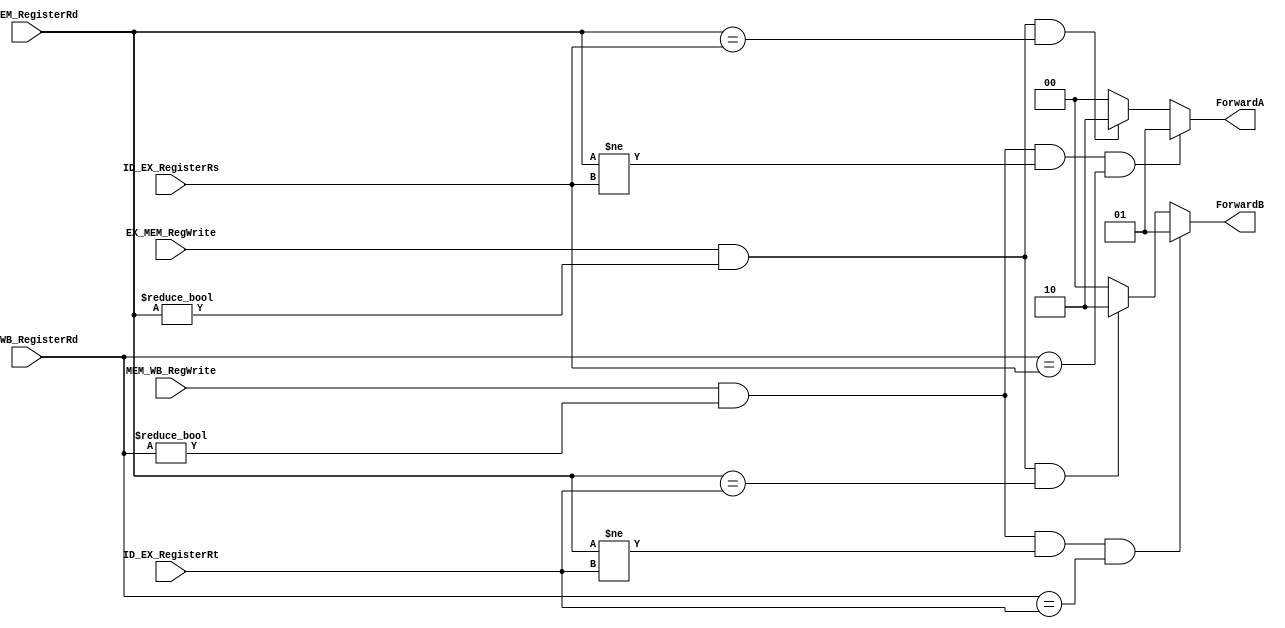

module ForwardingUnit(
	input EX_MEM_RegWrite,
	input MEM_WB_RegWrite,
	input [4:0] ID_EX_RegisterRs,
	input [4:0] ID_EX_RegisterRt,
	input [4:0] EX_MEM_RegisterRd,
	input [4:0] MEM_WB_RegisterRd,
	
	output reg [1:0] ForwardA,
	output reg [1:0] ForwardB

);

always @(*)
begin 
	ForwardA = 2'b00;
	ForwardB = 2'b00;
	  
	if(EX_MEM_RegWrite 
     	&& (EX_MEM_RegisterRd != 0)  
	  	&& (EX_MEM_RegisterRd == ID_EX_RegisterRs)
	)
	begin
		ForwardA = 2'b10;
	end
	if(EX_MEM_RegWrite 
		&& (EX_MEM_RegisterRd != 0)  
		&& (EX_MEM_RegisterRd == ID_EX_RegisterRt)
	)
	begin
		ForwardB = 2'b10;
	end

   if(MEM_WB_RegWrite 
      	&& (MEM_WB_RegisterRd != 0)  
			&& (EX_MEM_RegisterRd != ID_EX_RegisterRs)
			&& (MEM_WB_RegisterRd == ID_EX_RegisterRs)
	) 
	begin
		ForwardA = 2'b01;
	end
	if(MEM_WB_RegWrite 
		&& (MEM_WB_RegisterRd != 0)  
			&& (EX_MEM_RegisterRd != ID_EX_RegisterRt)
			&& (MEM_WB_RegisterRd == ID_EX_RegisterRt)
	)
	begin
		ForwardB = 2'b01;
	end
end

endmodule